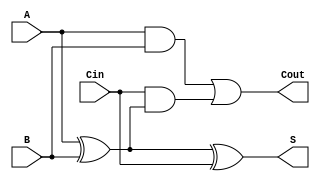
module FullAdder (
    input wire A,    // One bit input A
    input wire B,    // One bit input B
    input wire Cin,  // One bit input carry-in
    output wire S,   // One bit output Sum
    output wire Cout  // One bit output Carry-out
);

// Calculate the Sum (S) using XOR gates
assign S = A ^ B ^ Cin;

// Calculate the Carry-out (Cout) using AND and OR gates
assign Cout = (A & B) | (Cin & (A ^ B));

endmodule